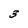
Character: 3